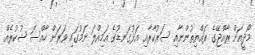
މޯދީއަށް ރާއްޖޭގެ ރައްޔިތުންނާއި ސަރުކާރާއި އަޅުގަނޑުގެ އަމިއްލަ ނަމުގައި ވަރަށް ހާއްސަ ޝުކުރެއް